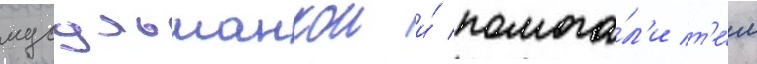
мусульманкои и́ помога́л'и т'е́м